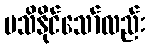
မသိနိုင်သော်လည်း